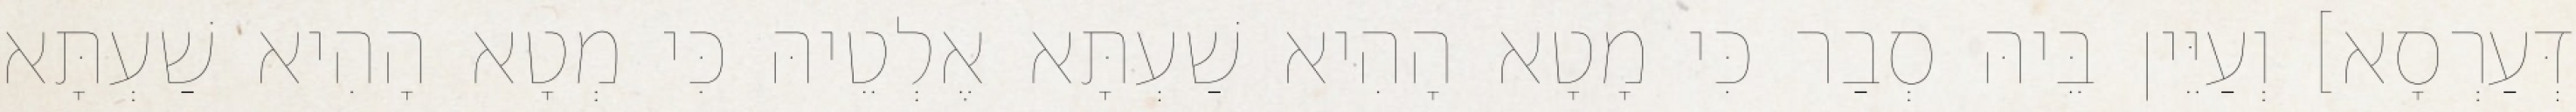
דְּעַרְסָא] וְעַיֵּין בֵּיהּ סְבַר כִּי מָטָא הָהִיא שַׁעְתָּא אֶלְטֵיהּ כִּי מְטָא הָהִיא שַׁעְתָּא